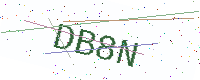
Text: DB8N